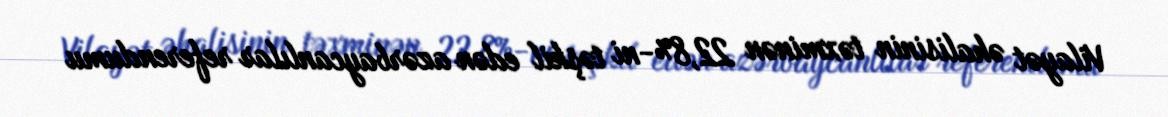
Vilayət əhalisinin təxminən 22,8%-ni təşkil edən azərbaycanlılar referendumu